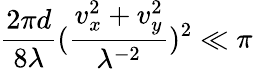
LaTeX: \frac{2\pi d}{8\lambda}(\frac{v_{x}^{2}+v_{y}^{2}}{\lambda^{-2}})^{2}\ll\pi